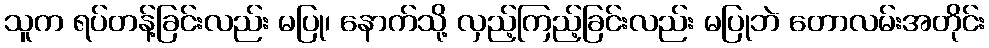
သူက ရပ်တန့်ခြင်းလည်း မပြု၊ နောက်သို့ လှည့်ကြည့်ခြင်းလည်း မပြုဘဲ တောလမ်းအတိုင်း